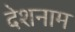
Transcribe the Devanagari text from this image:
देशनाम